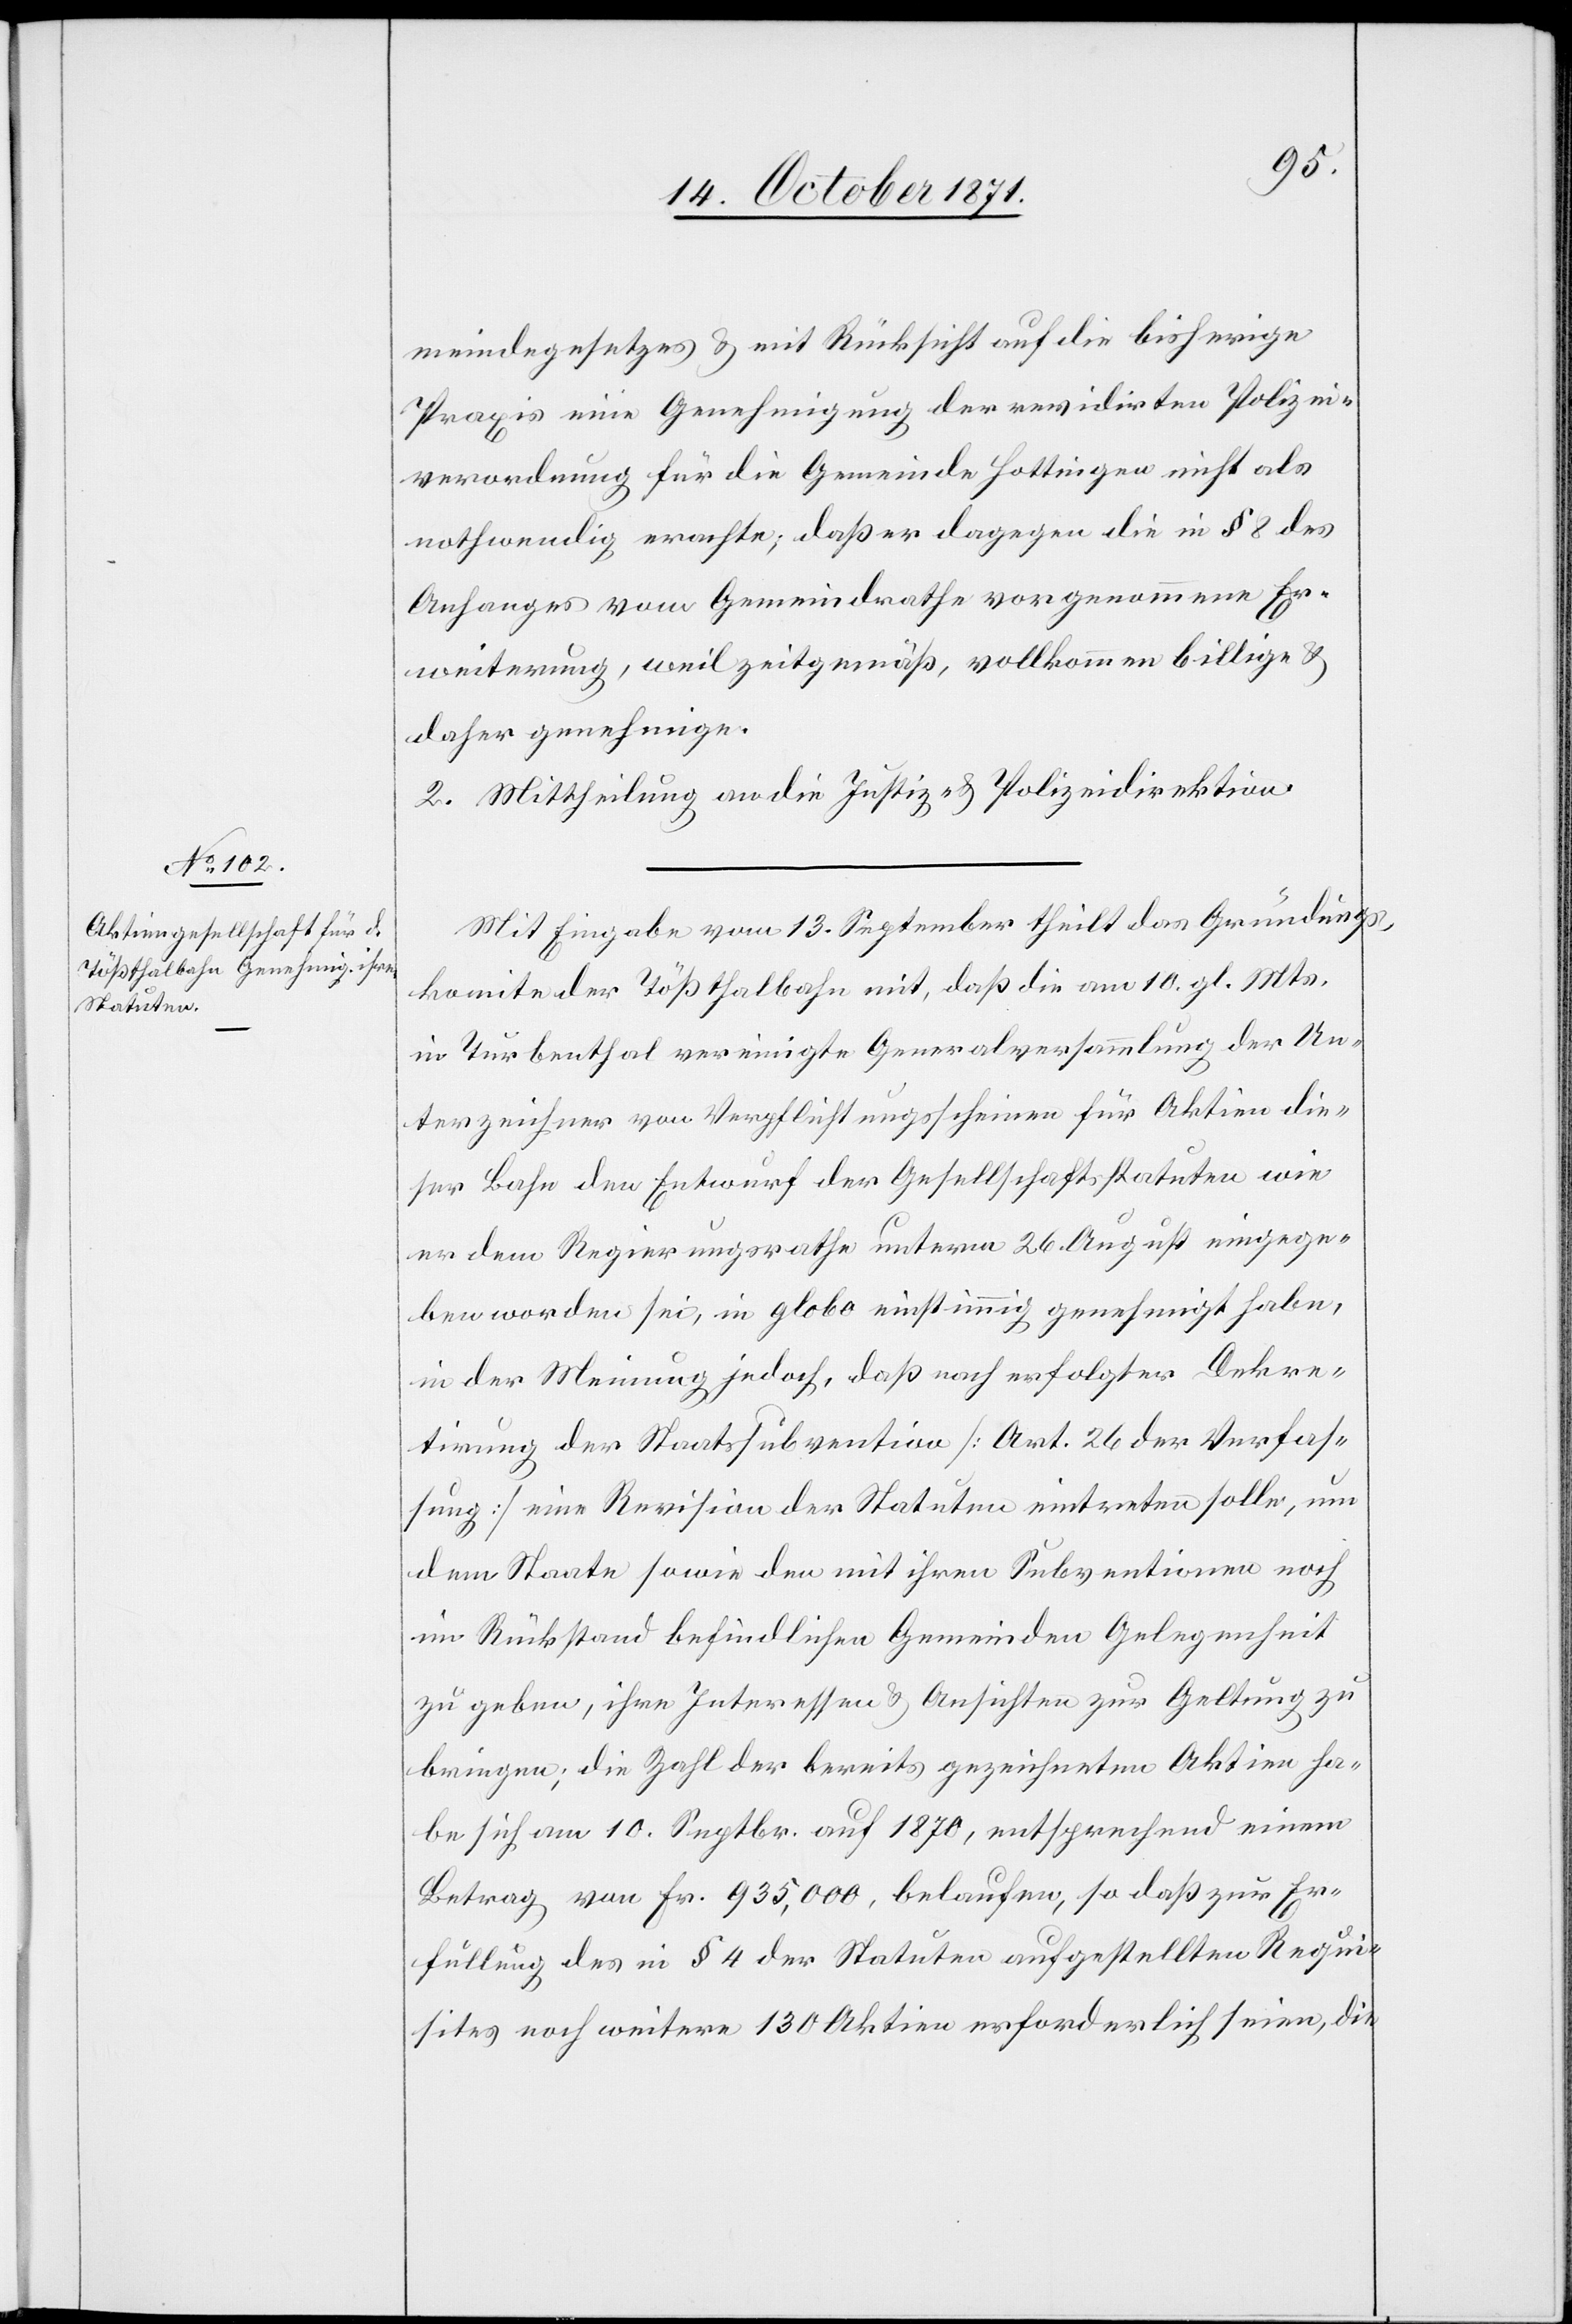
meindegesetzes & mit Rücksicht auf die bisherige
Praxis eine Genehmigung der revidirten Polizei¬
verordnung für die Gemeinde Hottingen nicht als
nothwendig erachte, daß er dagegen die in § 8 des
Anhanges vom Gemeindrathe vorgenommene Er¬
weiterung, weil zeitgemäß, vollkommen billige &
daher genehmige.
2. Mittheilung an die Justiz- & Polizeidirektion.
Mit Eingabe vom 13. September theilt das Gründungs¬
komite der Tößthalbahn mit, daß die am 10. gl. Mts.
in Turbenthal vereinigte Generalversammlung der Un¬
terzeichner von Verpflichtungsscheinen für Aktien die¬
ser Bahn den Entwurf der Gesellschaftsstatuten wie
er dem Regierungsrathe unterm 26. August eingege¬
ben worden sei, in globo einstimmig genehmigt habe,
in der Meinung jedoch, daß nach erfolgter Dekre¬
tirung der Staatssubvention [Art. 26 der Verfas¬
sung] eine Revision der Statuten eintreten solle, um
dem Staate sowie den mit ihren Subventionen noch
im Rückstand befindlichen Gemeinden Gelegenheit
zu geben, ihre Interessen & Ansichten zur Geltung zu
bringen; die Zahl der bereits gezeichneten Aktien ha¬
be sich am 10. Septbr. auf 1870, entsprechend einem
Betrag von Fr. 935,000, belaufen, so daß zur Er¬
füllung des in § 4 der Statuten aufgestellten Requi¬
sites noch weitere 130 Aktien erforderlich seien, die